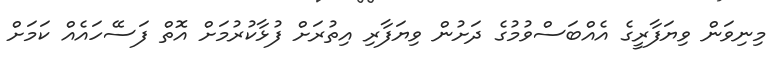
މިނިވަން ވިޔަފާރީގެ އެއްބަސްވުމުގެ ދަށުން ވިޔަފާރި އިތުރަށް ފުޅާކުރުމަށް އޮތް ފަސޭހައެއް ކަމަށް